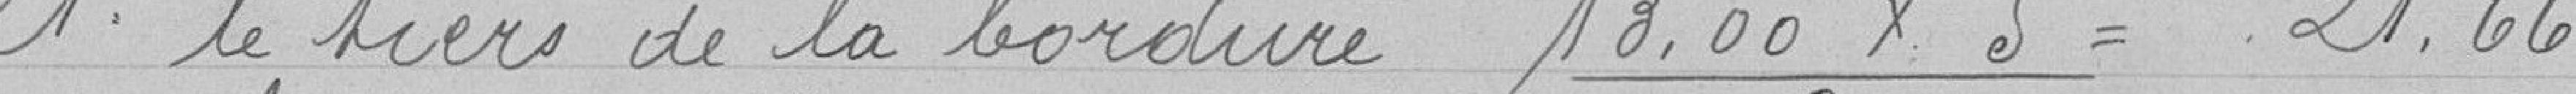
1° le tiers de la bordure 18.00 x 5 = 21.66